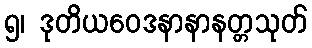
၅၊ ဒုတိယဝေဒနာနာနတ္တသုတ်